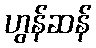
ဟွန်ဆန်